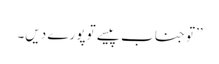
’’تو جناب پیسے تو پورے دیں۔